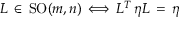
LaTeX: L \, \in \, \mathrm { S O } ( m , n ) \, \Longleftrightarrow \, L ^ { T } \, \eta L \, = \, \eta